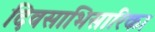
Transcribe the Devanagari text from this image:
दिवसाभिसारिका